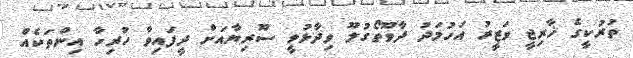
ތުރުކީގެ ޚާރިޖީ ވަޒީރު އަހުމަދު ދާވޫތޯގުލޫ ވިދާޅުވީ ސޫރިޔާއަށް ދީފައިވާ ހުރިހާ އިންތަކެއް